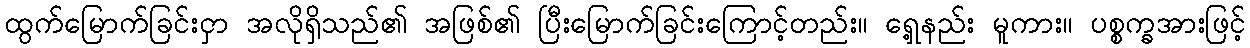
ထွက်မြောက်ခြင်းငှာ အလိုရှိသည်၏ အဖြစ်၏ ပြီးမြောက်ခြင်းကြောင့်တည်း။ ရှေ့နည်း မူကား။ ပစ္စက္ခအားဖြင့်